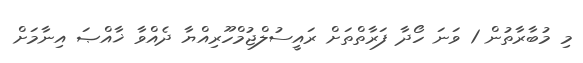
މި މުބާރާތުން 1 ވަނަ ހޯދާ ފަރާތްތަށް ރައީސުލްޖުމްހޫރިއްޔާ ދެއްވާ ޚާއްޞަ އިނާމަށް